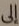
إلى